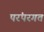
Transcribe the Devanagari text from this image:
परंपरगत